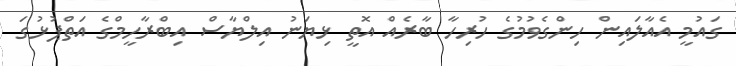
ގައުމީ އެއާލައިން ހިންގެވުމުގެ ހުރިހާ ބާރެއް އޮތީ ޅިޔަނު އިލްޔާސް އިބްރާހީމްގެ އަތްޕުޅުގަ